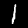
Label: 1